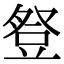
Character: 豋